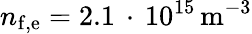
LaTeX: {n}_{\mathrm{f,e}}=2.1\, \cdot\, 10^{15}\, \mathrm{{m}^{-3}}